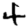
Digit: 4